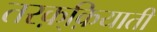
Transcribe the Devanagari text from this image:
तरक़्क़ियाती